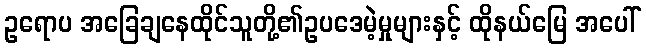
ဥရောပ အခြေချနေထိုင်သူတို့၏ဥပဒေမဲ့မှုများနှင့် ထိုနယ်မြေ အပေါ်